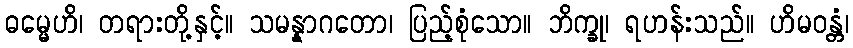
ဓမ္မေဟိ၊ တရားတို့နှင့်။ သမန္နာဂတော၊ ပြည့်စုံသော။ ဘိက္ခု၊ ရဟန်းသည်။ ဟိမဝန္တံ၊